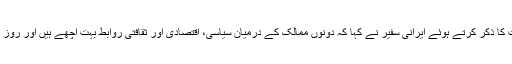
ایران اور ہندوستان کے تعلقات کا ذکر کرتے ہوئے ایرانی سفیر نے کہا کہ دونوں ممالک کے درمیان سیاسی، اقتصادی اور ثقافتی روابط بہت اچھے ہیں اور روز بروز ان میں بہتری آرہی ہے۔